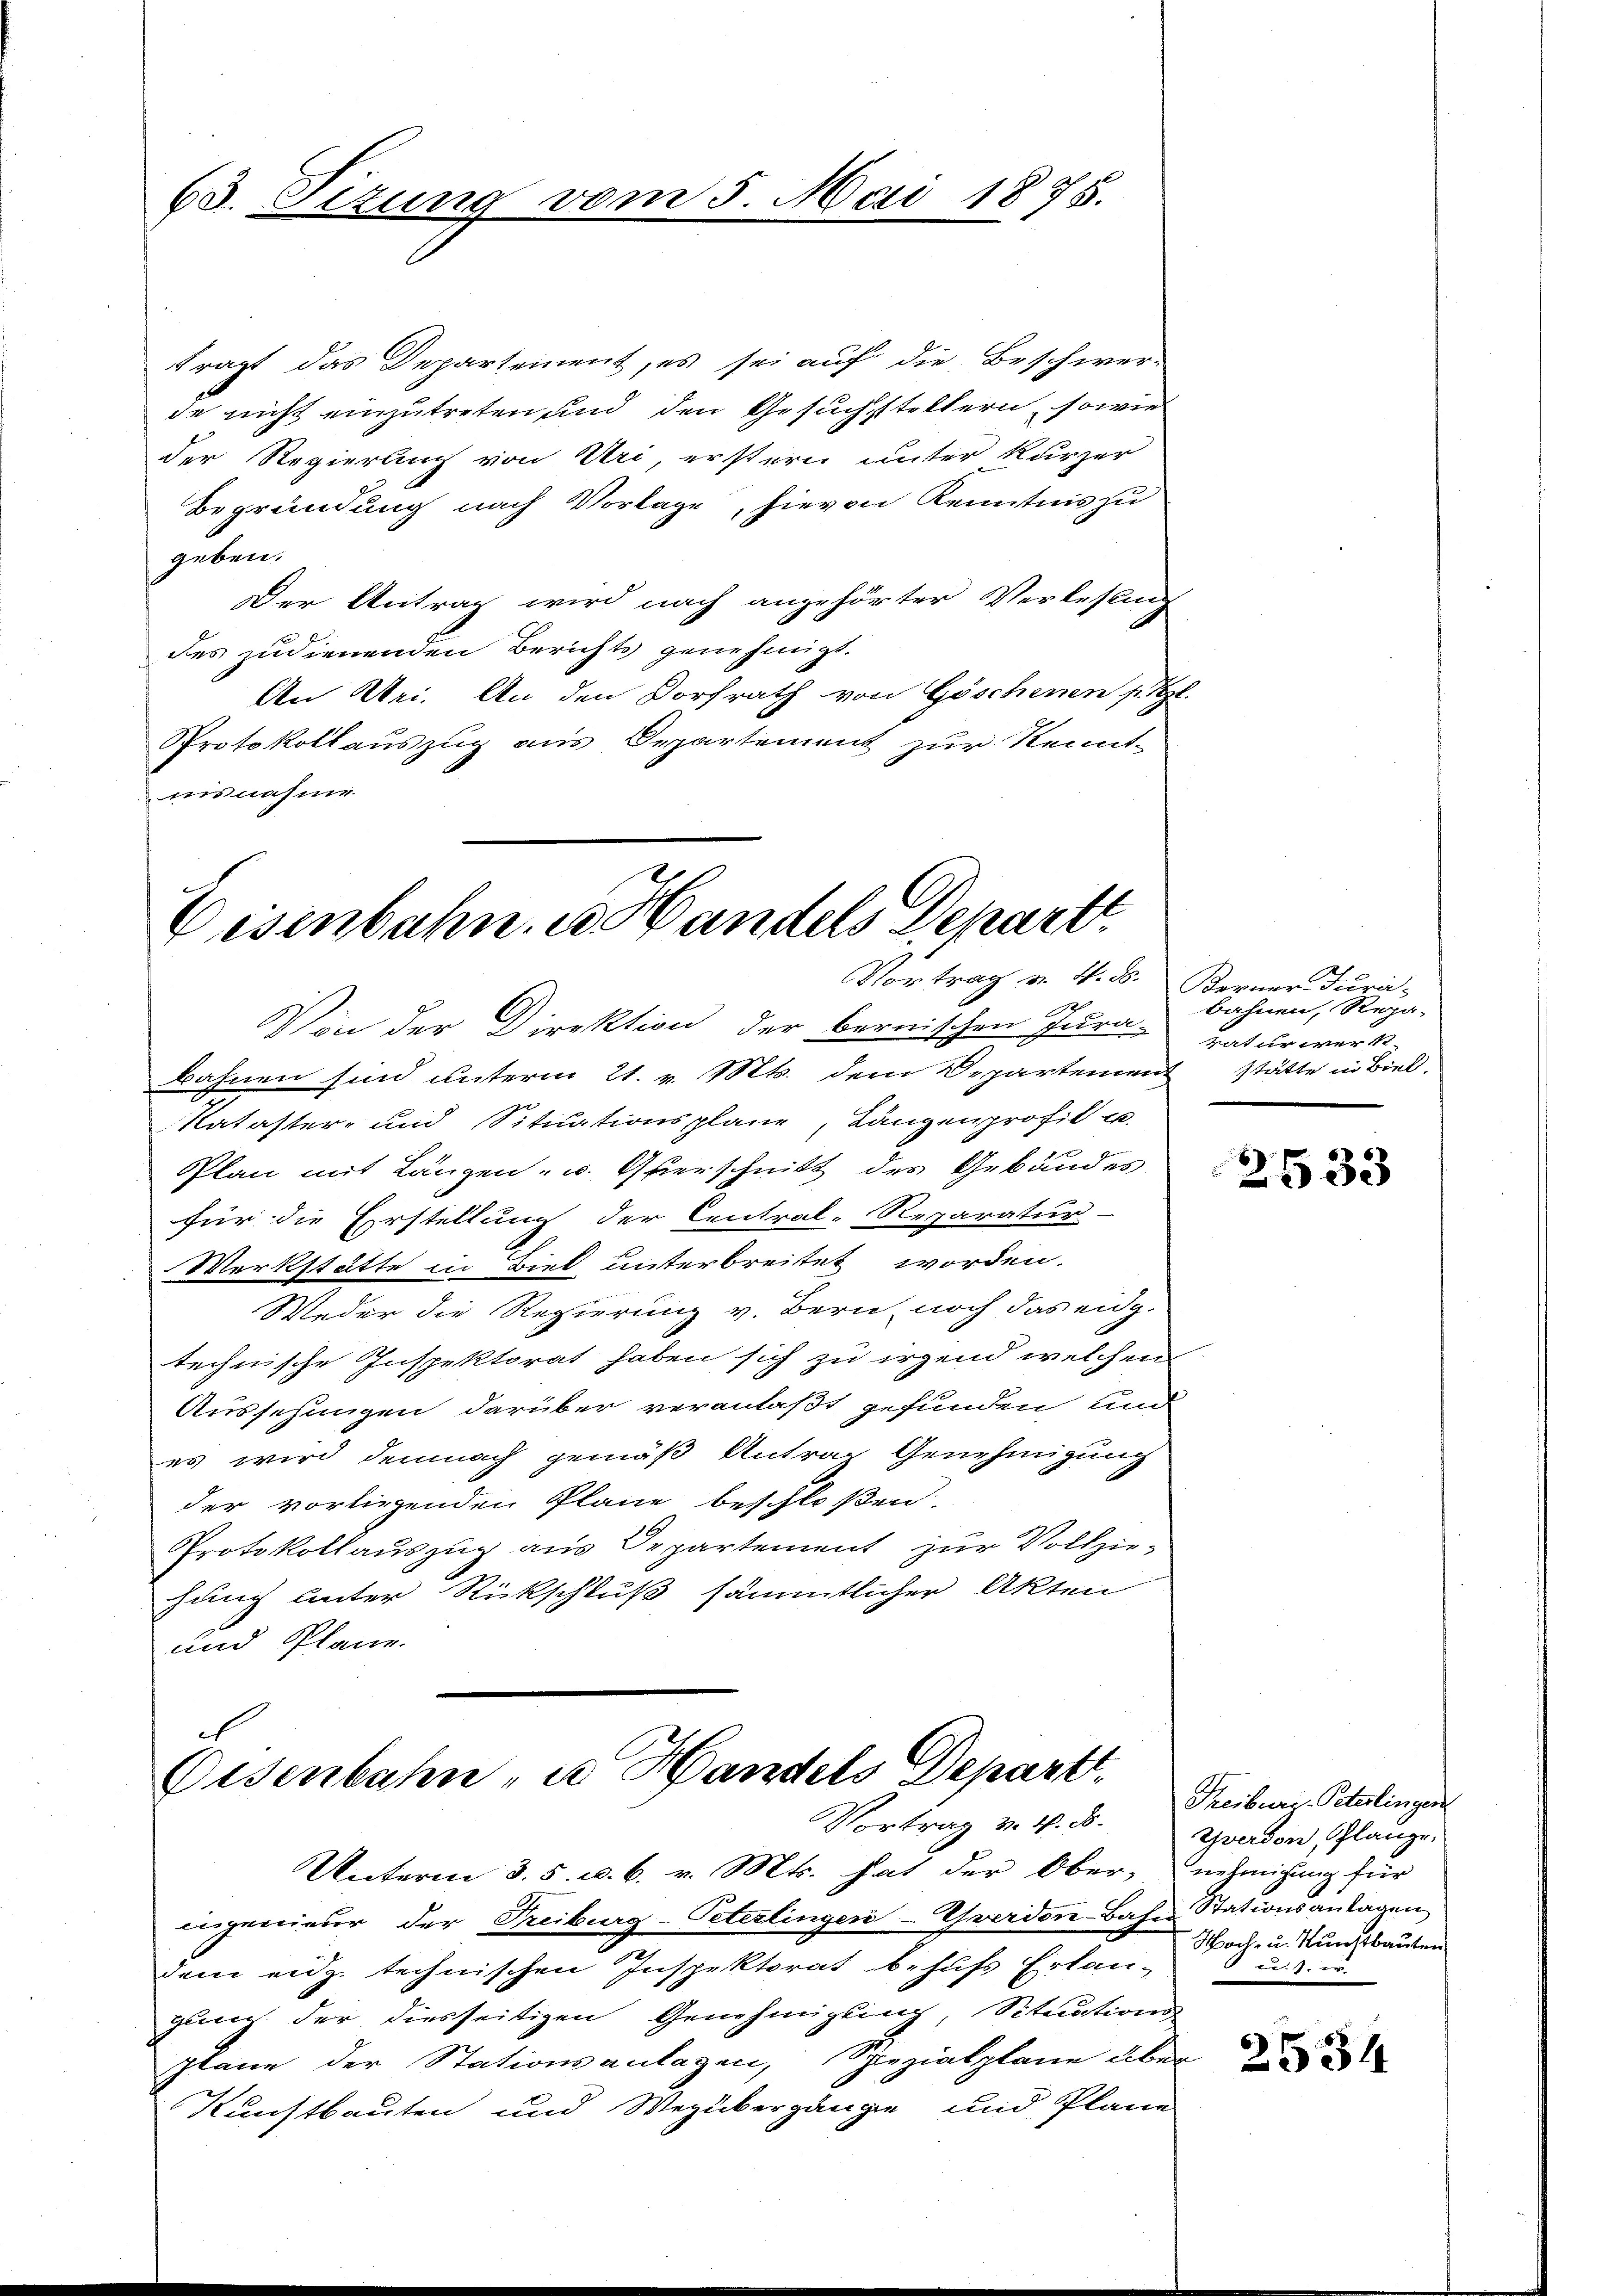
tragt das Departement, es sei auf die Beschwer-
de nicht einzutreten und den Gesuchtteltern, sowie
der Regierung von Uri, erstern unter Kurzer
Begründung nach Vorlage, hievon Kenntnis zu
geben.
Der Antrag wird nach angehörter Verlesung
des zudienenden Berichts genehmigt.
An sei. An den Dorfrath von Göschenen ppt.
Protokollauszug aus Departement zur Kennt-
nisnahme

63. Sitzung

m 5. Mai 1875.

Eisenbahn. Handels Depart
Vortrag u. 4. ds.

1

Von der Direktion der bernischen Jura-
bahnen sind unterm 21. v. Mts. dem Departement stätte in Biel-
Kataster- und Situationsplane, Längenprofil c.
Plan mit Längen- u. Oberschnitt des Gebäudes
für die Erstellung der Central-Reparatur.
Werkstätte in Biel unterbreitet worden.
Weder die Regierung v. Bern noch das eidg.
technische Inspektorat haben sich zu irgend welchen
Aussehungen darüber veranlaßt gefunden und
es wird demnach gemäß Antrag Genehmigung
der vorliegenden Pläne beschloßen.
Protokollauszug aus Departement zur Vollziehung unter Rückschluß sämmtlicher Akten
und Plane.

Disenbahn, u Handels Depart.
Vortrag v. V. B.

Unterm 3. 5. u. 6. v. Mts. hat der Ober-
ingenieur der Treiburg-Peterlingen- Yverdon-Bahn Stationsanlagen
dem eidg. technischen Inspektorat behufs Erlan-
gung der diesseitigen Genehmigung, Situations
Ilane der Stationsanlagen, Spezialpläne über
Kunstbauten und Wegübergänge und Plane

2
Berner Jura-
bahnen, Repa-
vatur war

2533

Freiburg - Peterlingen
Yverdon, Glanze
nehmigung für
Hoch- u. Kunstbauten

2534